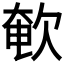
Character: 𣣚